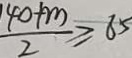
\frac { 1 4 0 + m } { 2 } \geq 6 5